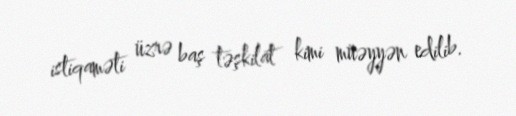
istiqaməti üzrə baş təşkilat kimi müəyyən edilib.